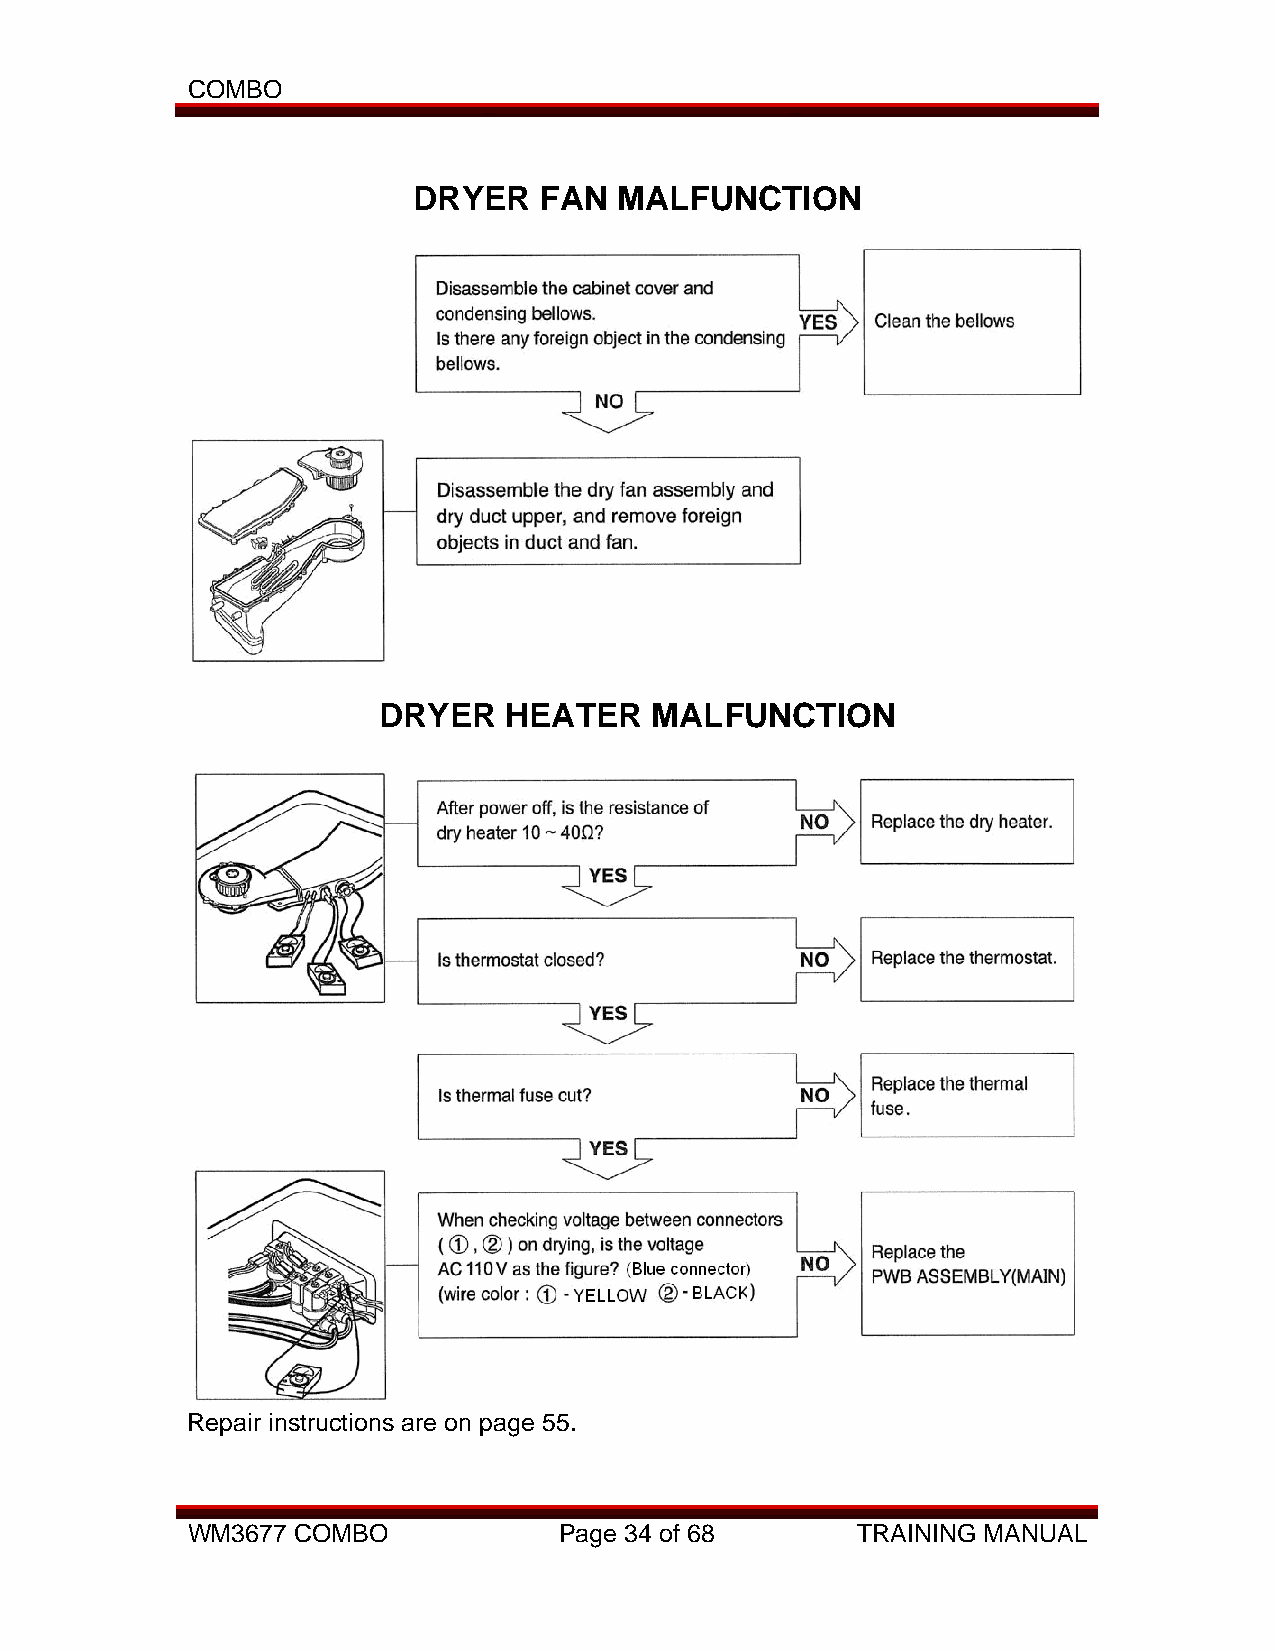
COMBO
 DRYER    FAN  MALFUNCTION
 DRYER   HEATER    MALFUNCTION
 Repair instructions are on page 55.
 WM3677 COMBO             Page 34 of 68       TRAINING MANUAL